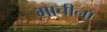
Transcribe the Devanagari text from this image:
माचीना